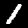
Digit: 1